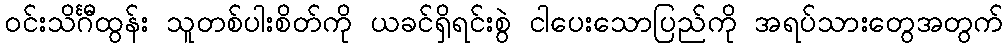
ဝင်းသိင်္ဂီထွန်း သူတစ်ပါးစိတ်ကို ယခင်ရှိရင်းစွဲ ငါပေးသောပြည်ကို အရပ်သားတွေအတွက်